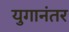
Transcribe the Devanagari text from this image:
युगानंतर